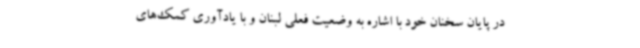
در پایان سخنان خود با اشاره به وضعیت فعلی لبنان و با یادآوری کمک‌های